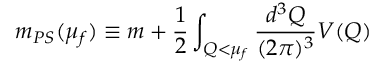
m _ { P S } ( \mu _ { f } ) \equiv m + \frac { 1 } { 2 } \int _ { Q < \mu _ { f } } \frac { d ^ { 3 } Q } { ( 2 \pi ) ^ { 3 } } V ( Q )